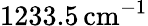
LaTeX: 1233.5\, \mathrm{cm}^{-1}